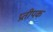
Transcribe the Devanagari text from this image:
प्रतीपक